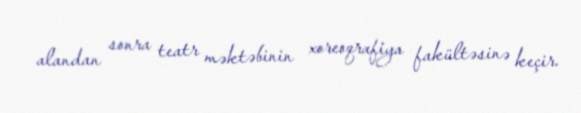
alandan sonra teatr məktəbinin xoreoqrafiya fakültəsinə keçir.